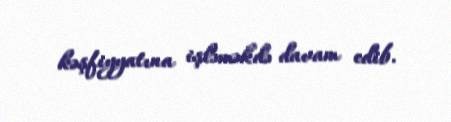
kəşfiyyatına işləməkdə davam edib.